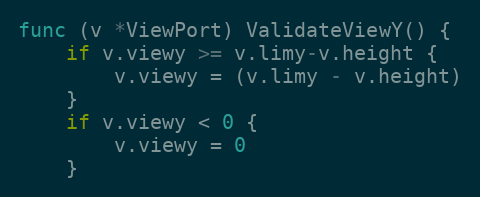
Language: Go
func (v *ViewPort) ValidateViewY() {
	if v.viewy >= v.limy-v.height {
		v.viewy = (v.limy - v.height)
	}
	if v.viewy < 0 {
		v.viewy = 0
	}